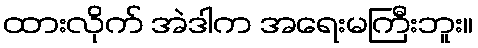
ထားလိုက် အဲဒါက အရေးမကြီးဘူး။